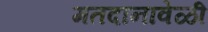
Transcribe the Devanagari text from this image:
मतदानावेळी